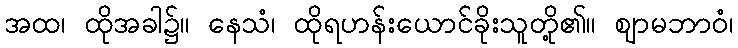
အထ၊ ထိုအခါ၌။ နေသံ၊ ထိုရဟန်းယောင်ခိုးသူတို့၏။ ဈာမဘာဝံ၊